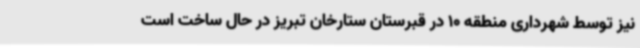
نیز توسط شهرداری منطقه 10 در قبرستان ستارخان تبریز در حال ساخت است